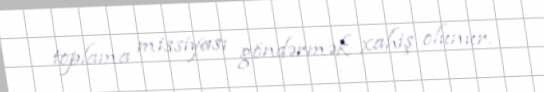
toplama missiyası göndərmək xahiş olunur.